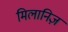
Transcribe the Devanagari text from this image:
मिलानिज़